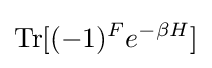
{\textrm {Tr}}[(-1)^{F}e^{-\beta H}]